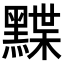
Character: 𪑧